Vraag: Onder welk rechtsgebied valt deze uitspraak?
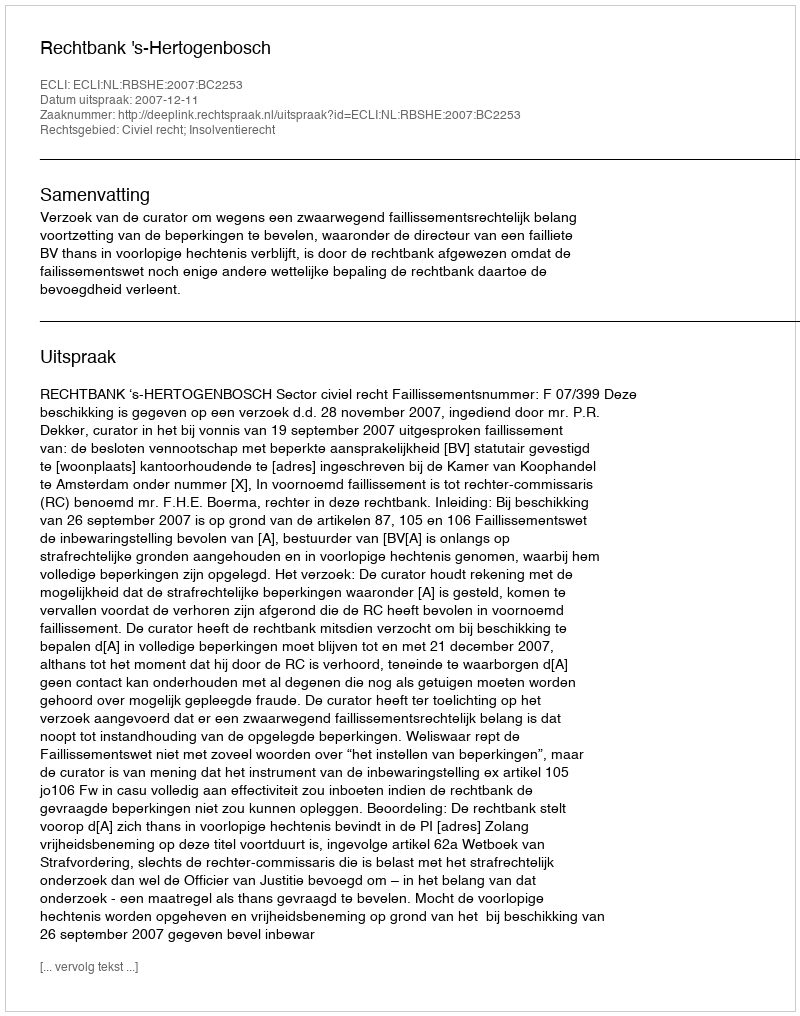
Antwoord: Civiel recht; Insolventierecht